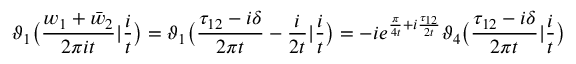
\vartheta _ { 1 } \bigl ( \frac { w _ { 1 } + \bar { w } _ { 2 } } { 2 \pi i t } | \frac { i } { t } \bigr ) = \vartheta _ { 1 } \bigl ( \frac { \tau _ { 1 2 } - i \delta } { 2 \pi t } - \frac { i } { 2 t } | \frac { i } { t } \bigr ) = - i e ^ { \frac { \pi } { 4 t } + i \frac { \tau _ { 1 2 } } { 2 t } } \vartheta _ { 4 } \bigl ( \frac { \tau _ { 1 2 } - i \delta } { 2 \pi t } | \frac { i } { t } \bigr )